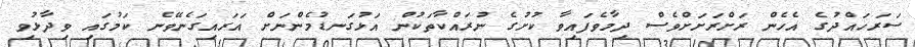
ސަރަހައްދުގެ އެހެން ރަށްރަށަށްވެސް ދިމާވެފައިވާ ކުށުގެ ނުރައްކާތަކުން އަޅުގަނޑުމެންނަށް އަރައިގަނެވޭނެ ކަމުގައި ވިދާޅުވި